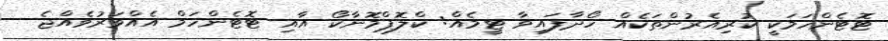
ޓޮޓެންހަމަކީ ކުރިއެރުންތަކެއް ހޯދާފައިވާ ޓީމެއް: ކްލޮޕްމޮނާކޯ އާއި ޓޮޓެންހަމް އެއްވަރުވެއްޖެ